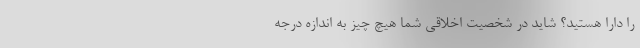
را دارا هستید؟ شاید در شخصیت اخلاقی شما هیچ چیز به اندازهٔ درجهٔ